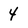
Character: 4